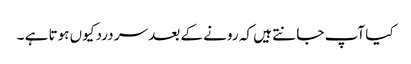
کیا آپ جا نتے ہیں کہ رونے کے بعد سر درد کیوں ہوتا ہے ۔